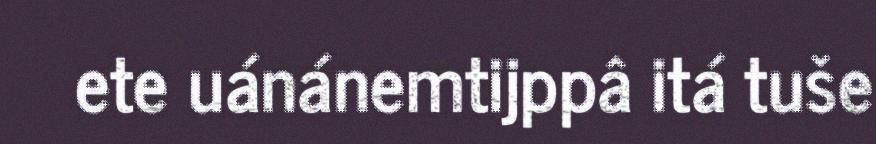
ete uánánemtijppâ itá tuše